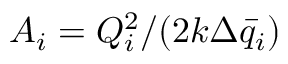
A _ { i } = Q _ { i } ^ { 2 } / ( 2 k \Delta \bar { q } _ { i } )